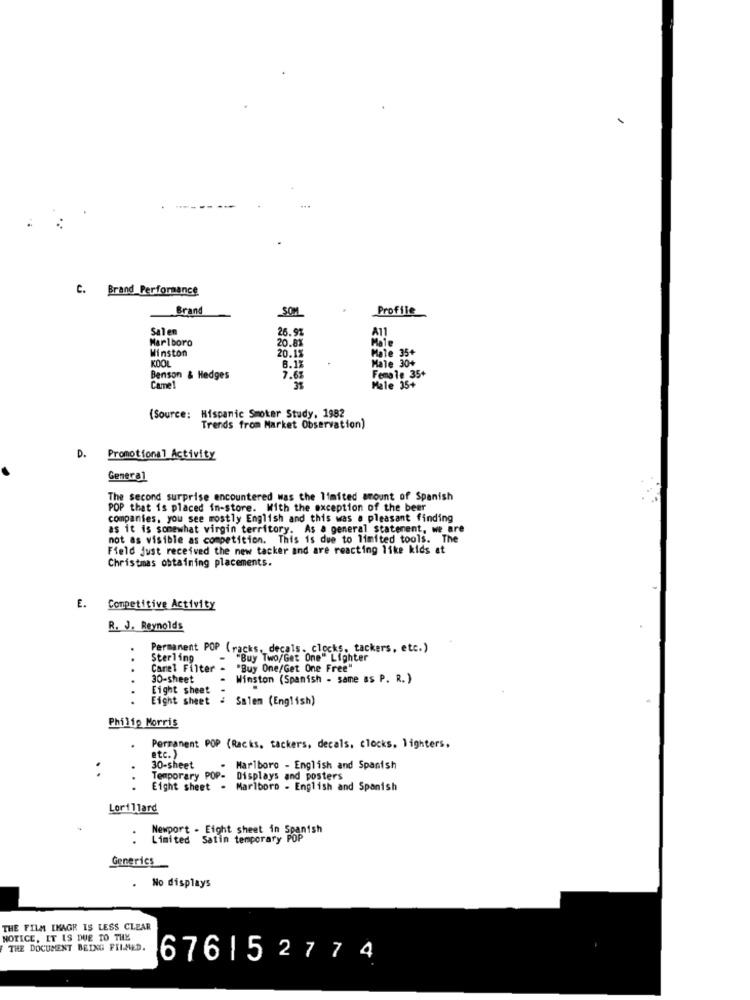
. Brand Performance
Brand
SOM
Profile
Salen
26.91
Marlboro
Winston
20.8%
20.1%
Male 35+
KOOL
Male 30+
8.1%
Benson & Hedges
7.6%
Female 35+
Came!
31
Male 35+
(Source: Hispanic Smoker Study, 1982
Trends from Market Observation)
D.
Promotional Activity
General
The second surprise encountered was the limited amount of Spanish
POP that is placed in-store. With the exception of the beer
companies, you see mostly English and this was a pleasant finding
as it is somewhat virgin territory. As a general statement, we are
not as visible as competition. This is due to limited tools. The
Field just received the new tacker and are reacting like kids at
Christmas obtaining placements.
E. Competitive Activity
R. J. Reynolds
Permanent POP (racks, decals. clocks, tackers, etc.)
..
Sterling
"Buy Two/Get One" Lighter
Canel Filter
"Buy One/Get One Free"
30-sheet
Winston (Spanish - same as P. R. )
Eight sheet
..
Eight sheet
: Salem (English)
Philip Morris
Permanent POP (Racks, tackers, decals, clocks, lighters,
etc.)
..
30-sheet
. Marlboro - English and Spanish
Temporary POP- Displays and posters
Eight sheet - Marlboro - English and Spanish
Lorillard
Newport . Eight sheet in Spanish
Limited Satin temporary POP
Generics
. No displays
THE FILM IMAGE IS LESS CLEAR
NOTICE, IT IS DUE TO THE
THE DOCUMENT BEING FILMED.
6761 52774